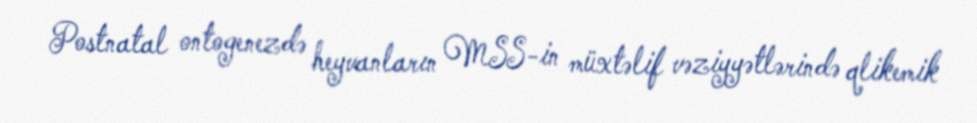
Postnatal ontogenezdə heyvanların MSS-in müxtəlif vəziyyətlərində qlikemik